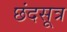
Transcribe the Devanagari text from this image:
छंदसूत्र